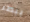
ببطء